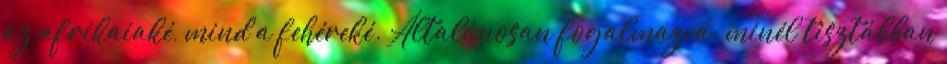
az afrikaiaké, mind a fehéreké. Általánosan fogalmazva: minél tisztábban